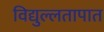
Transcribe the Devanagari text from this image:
विद्युल्लतापात